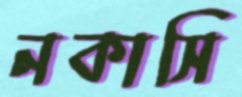
নকাসি